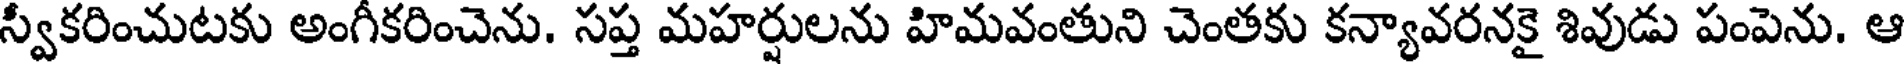
స్వీకరించుటకు అంగీకరించెను. సప్త మహర్షులను హిమవంతుని చెంతకు కన్యావరనకై శివుడు పంపెను. ఆ